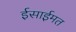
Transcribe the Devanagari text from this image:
ईसाईमत